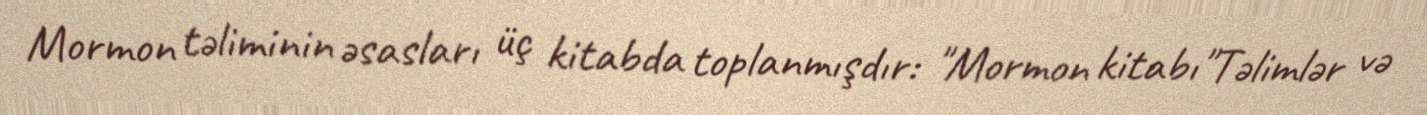
Mormon təliminin əsasları üç kitabda toplanmışdır: "Mormon kitabı"Təlimlər və